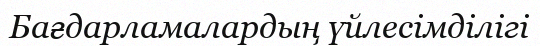
Бағдарламалардың үйлесімділігі